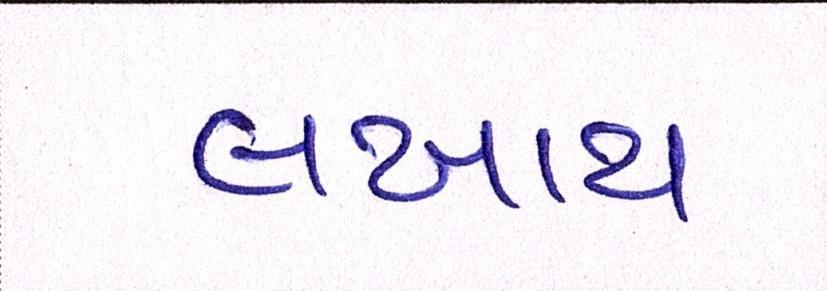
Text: લખાય